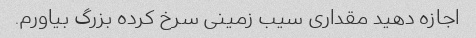
اجازه دهید مقداری سیب زمینی سرخ کرده بزرگ بیاورم.